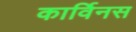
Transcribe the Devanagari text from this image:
कार्विनस